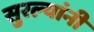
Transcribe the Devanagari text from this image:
सुरल्यांनी